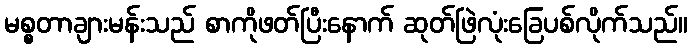
မစ္စတာချားမန်းသည် စာကိုဖတ်ပြီးနောက် ဆုတ်ဖြဲလုံးခြေပစ်လိုက်သည်။